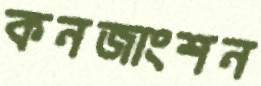
কনজাংশন